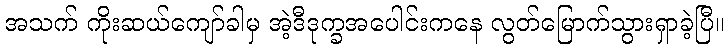
အသက် ကိုးဆယ်ကျော်ခါမှ အဲ့ဒီဒုက္ခအပေါင်းကနေ လွတ်မြောက်သွားရှာခဲ့ပြီ။